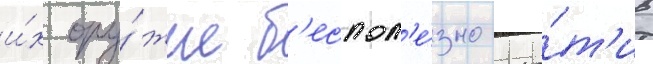
и́х ору́жие б'еспол'е́зно про́т'ив